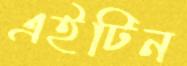
এইটিন